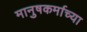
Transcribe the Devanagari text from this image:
मानुषकर्माच्या